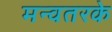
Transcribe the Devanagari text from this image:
मन्वतरके